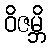
ဝိဇမ္ဘိ